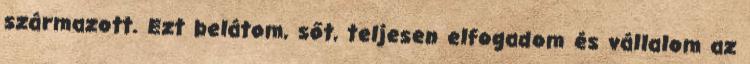
származott. Ezt belátom, sőt, teljesen elfogadom és vállalom az